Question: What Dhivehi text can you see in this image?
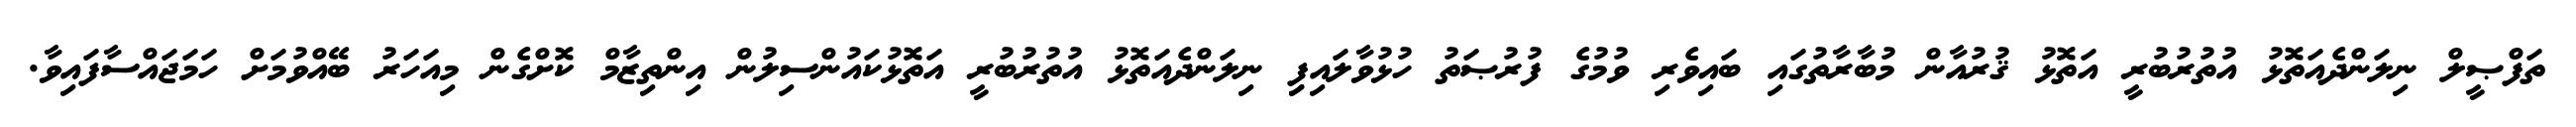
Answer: ތަފްޞީލް ނިލަންދެއަތޮޅު އުތުރުބުރީ އަތޮޅު ޤުރުއާން މުބާރާތުގައި ބައިވެރި ވުމުގެ ފުރުޞަތު ހުޅުވާލައިފިި ނިލަންދެއަތޮޅު އުތުރުބުރީ އަތޮޅުކައުންސިލުން އިންތިޒާމް ކޮށްގެން މިއަހަރު ބޭއްވުމަށް ހަމަޖައްސާފައިވާ.